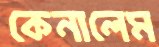
কেনালেম